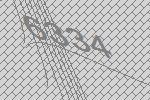
6334